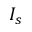
I _ { s }